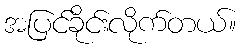
အပြင်ခိုင်းလိုက်တယ်။